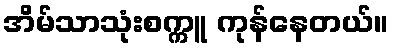
အိမ်သာသုံးစက္ကူ ကုန်နေတယ်။